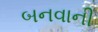
બનવાની